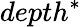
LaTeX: depth^{*}